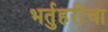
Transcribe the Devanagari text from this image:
भर्तुहरीचा